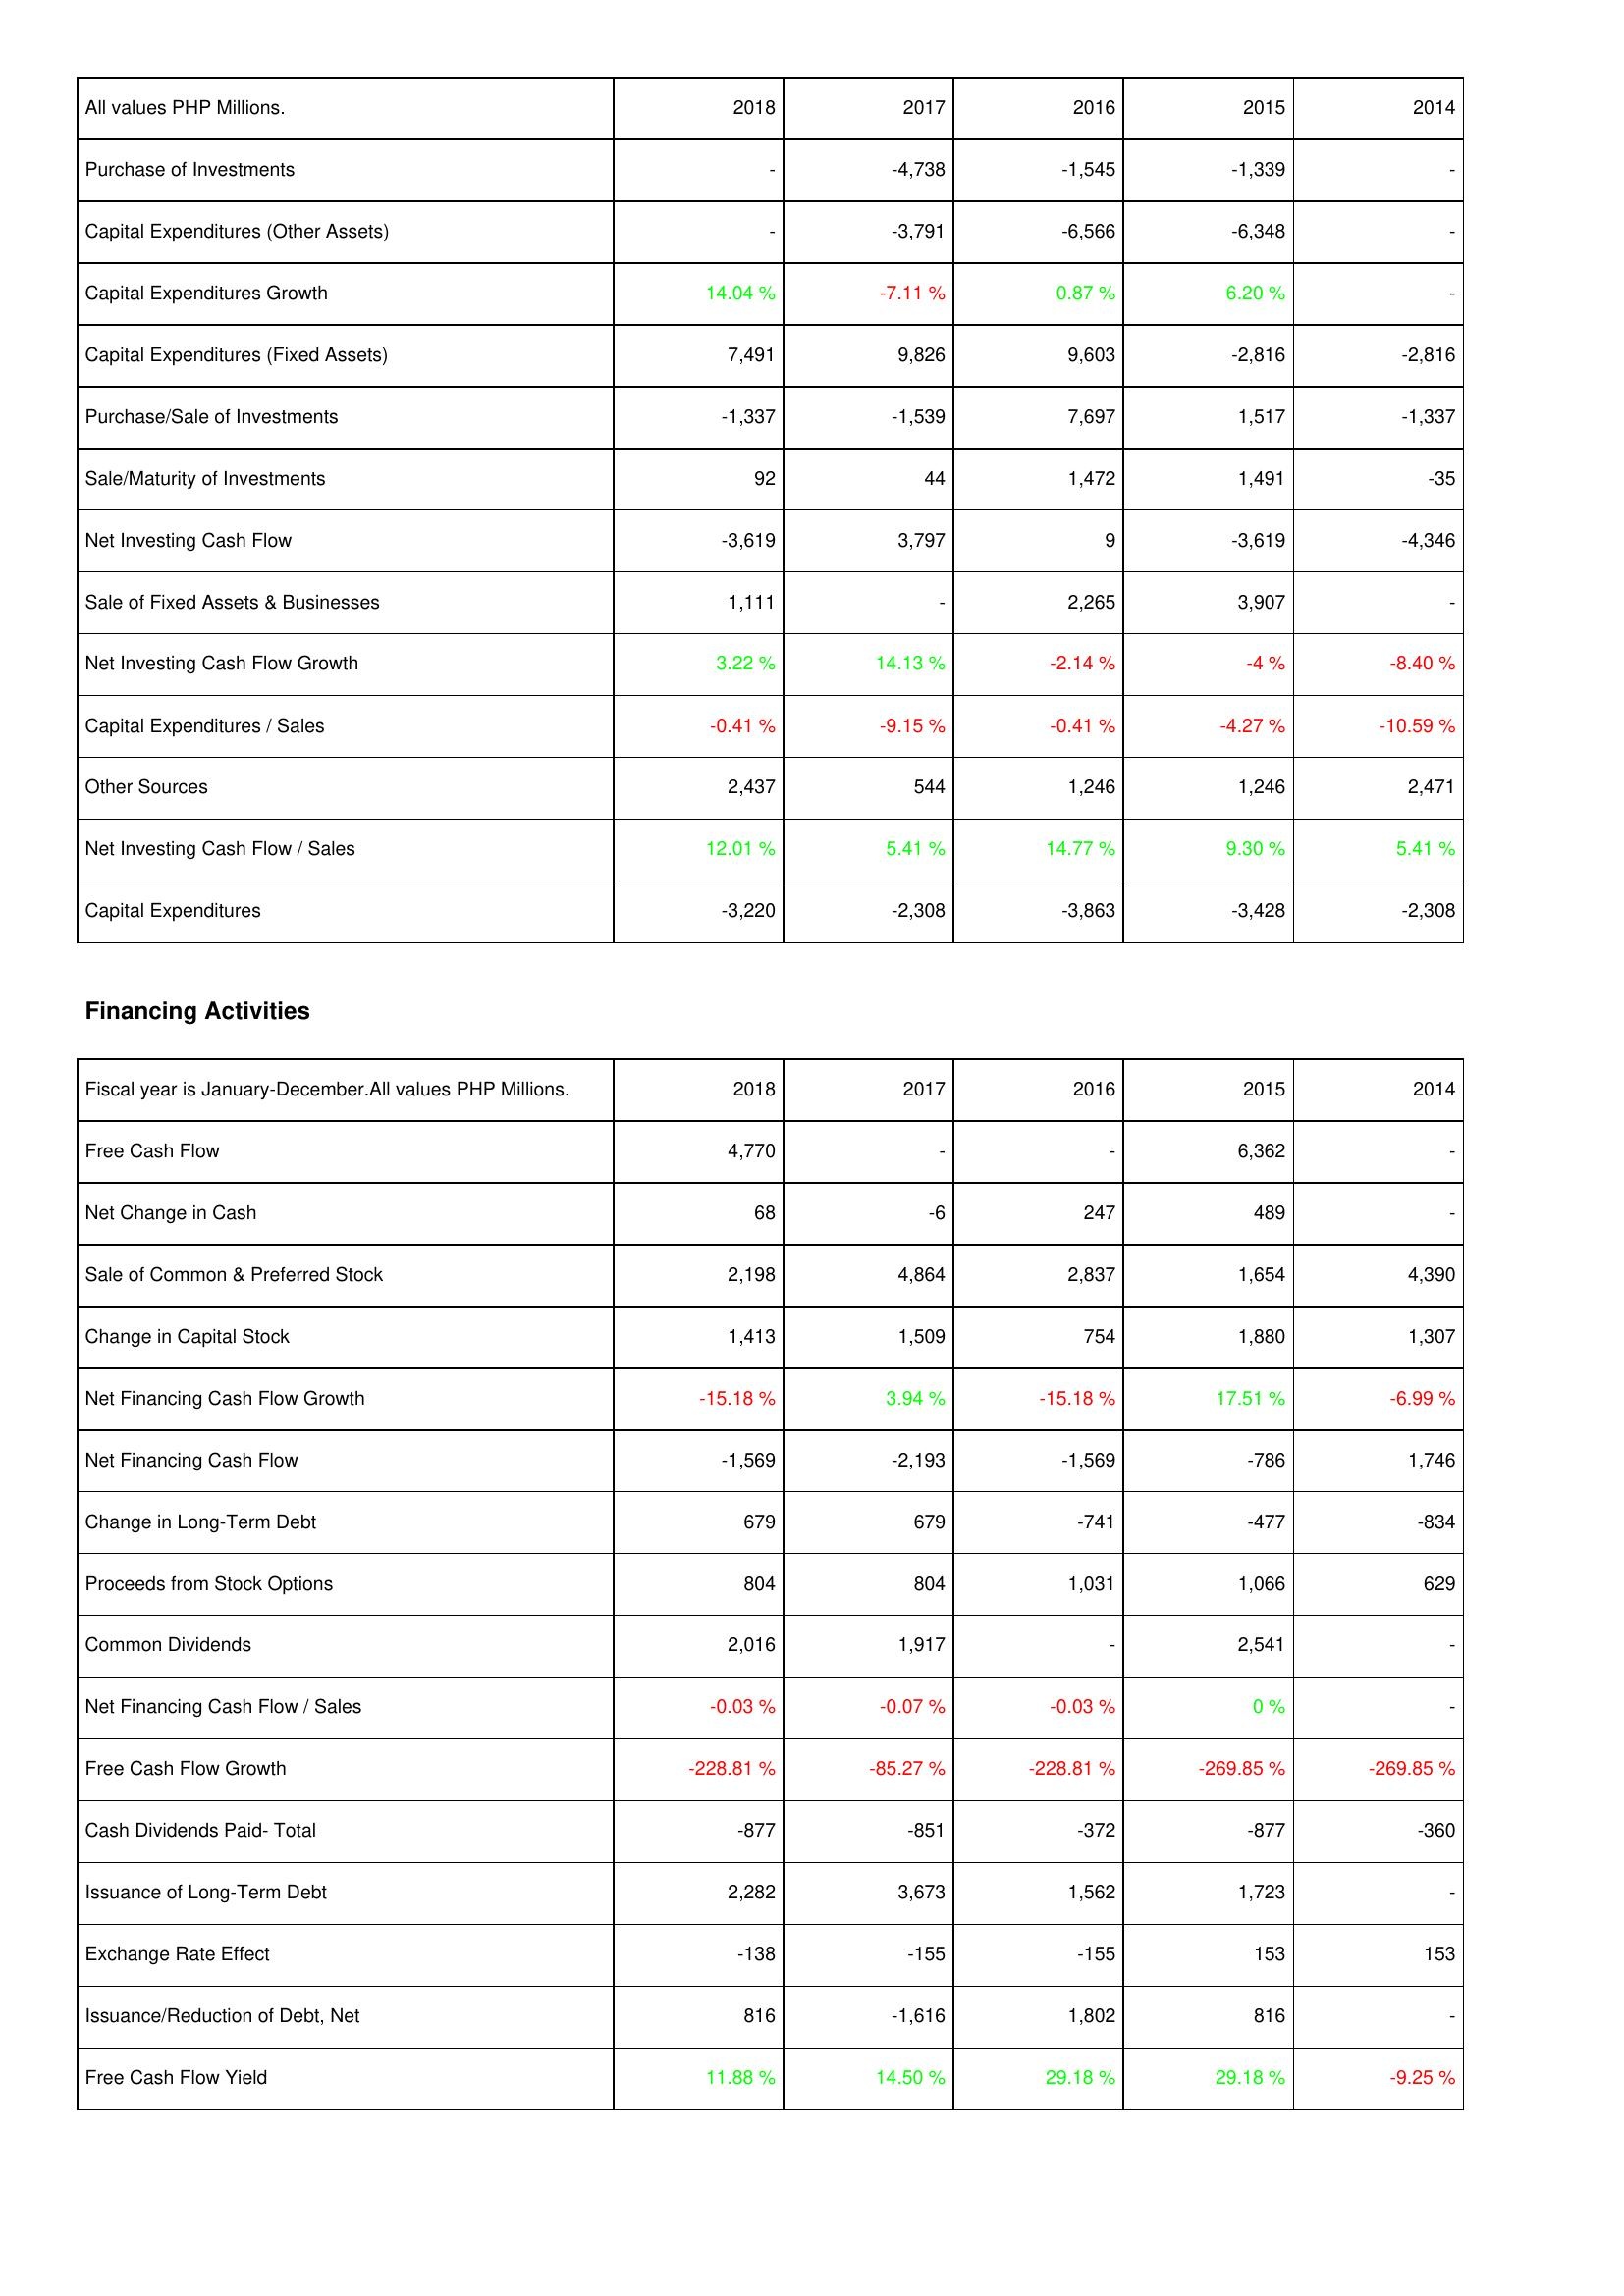
2018: Investing Activities: Purchase of Investments: -
Capital Expenditures (Other Assets): -
Capital Expenditures Growth: 14.04 %
Capital Expenditures (Fixed Assets): 7,491
Purchase/Sale of Investments: -1,337
Sale/Maturity of Investments: 92
Net Investing Cash Flow: -3,619
Sale of Fixed Assets & Businesses: 1,111
Net Investing Cash Flow Growth: 3.22 %
Capital Expenditures / Sales: -0.41 %
Other Sources: 2,437
Net Investing Cash Flow / Sales: 12.01 %
Capital Expenditures: -3,220
Financing Activities: Free Cash Flow: 4,770
Net Change in Cash: 68
Sale of Common & Preferred Stock: 2,198
Change in Capital Stock: 1,413
Net Financing Cash Flow Growth: -15.18 %
Net Financing Cash Flow: -1,569
Change in Long-Term Debt: 679
Proceeds from Stock Options: 804
Common Dividends: 2,016
Net Financing Cash Flow / Sales: -0.03 %
Free Cash Flow Growth: -228.81 %
Cash Dividends Paid- Total: -877
Issuance of Long-Term Debt: 2,282
Exchange Rate Effect: -138
Issuance/Reduction of Debt, Net: 816
Free Cash Flow Yield: 11.88 %
2017: Investing Activities: Purchase of Investments: -4,738
Capital Expenditures (Other Assets): -3,791
Capital Expenditures Growth: -7.11 %
Capital Expenditures (Fixed Assets): 9,826
Purchase/Sale of Investments: -1,539
Sale/Maturity of Investments: 44
Net Investing Cash Flow: 3,797
Sale of Fixed Assets & Businesses: -
Net Investing Cash Flow Growth: 14.13 %
Capital Expenditures / Sales: -9.15 %
Other Sources: 544
Net Investing Cash Flow / Sales: 5.41 %
Capital Expenditures: -2,308
Financing Activities: Free Cash Flow: -
Net Change in Cash: -6
Sale of Common & Preferred Stock: 4,864
Change in Capital Stock: 1,509
Net Financing Cash Flow Growth: 3.94 %
Net Financing Cash Flow: -2,193
Change in Long-Term Debt: 679
Proceeds from Stock Options: 804
Common Dividends: 1,917
Net Financing Cash Flow / Sales: -0.07 %
Free Cash Flow Growth: -85.27 %
Cash Dividends Paid- Total: -851
Issuance of Long-Term Debt: 3,673
Exchange Rate Effect: -155
Issuance/Reduction of Debt, Net: -1,616
Free Cash Flow Yield: 14.50 %
2016: Investing Activities: Purchase of Investments: -1,545
Capital Expenditures (Other Assets): -6,566
Capital Expenditures Growth: 0.87 %
Capital Expenditures (Fixed Assets): 9,603
Purchase/Sale of Investments: 7,697
Sale/Maturity of Investments: 1,472
Net Investing Cash Flow: 9
Sale of Fixed Assets & Businesses: 2,265
Net Investing Cash Flow Growth: -2.14 %
Capital Expenditures / Sales: -0.41 %
Other Sources: 1,246
Net Investing Cash Flow / Sales: 14.77 %
Capital Expenditures: -3,863
Financing Activities: Free Cash Flow: -
Net Change in Cash: 247
Sale of Common & Preferred Stock: 2,837
Change in Capital Stock: 754
Net Financing Cash Flow Growth: -15.18 %
Net Financing Cash Flow: -1,569
Change in Long-Term Debt: -741
Proceeds from Stock Options: 1,031
Common Dividends: -
Net Financing Cash Flow / Sales: -0.03 %
Free Cash Flow Growth: -228.81 %
Cash Dividends Paid- Total: -372
Issuance of Long-Term Debt: 1,562
Exchange Rate Effect: -155
Issuance/Reduction of Debt, Net: 1,802
Free Cash Flow Yield: 29.18 %
2015: Investing Activities: Purchase of Investments: -1,339
Capital Expenditures (Other Assets): -6,348
Capital Expenditures Growth: 6.20 %
Capital Expenditures (Fixed Assets): -2,816
Purchase/Sale of Investments: 1,517
Sale/Maturity of Investments: 1,491
Net Investing Cash Flow: -3,619
Sale of Fixed Assets & Businesses: 3,907
Net Investing Cash Flow Growth: -4 %
Capital Expenditures / Sales: -4.27 %
Other Sources: 1,246
Net Investing Cash Flow / Sales: 9.30 %
Capital Expenditures: -3,428
Financing Activities: Free Cash Flow: 6,362
Net Change in Cash: 489
Sale of Common & Preferred Stock: 1,654
Change in Capital Stock: 1,880
Net Financing Cash Flow Growth: 17.51 %
Net Financing Cash Flow: -786
Change in Long-Term Debt: -477
Proceeds from Stock Options: 1,066
Common Dividends: 2,541
Net Financing Cash Flow / Sales: 0 %
Free Cash Flow Growth: -269.85 %
Cash Dividends Paid- Total: -877
Issuance of Long-Term Debt: 1,723
Exchange Rate Effect: 153
Issuance/Reduction of Debt, Net: 816
Free Cash Flow Yield: 29.18 %
2014: Investing Activities: Purchase of Investments: -
Capital Expenditures (Other Assets): -
Capital Expenditures Growth: -
Capital Expenditures (Fixed Assets): -2,816
Purchase/Sale of Investments: -1,337
Sale/Maturity of Investments: -35
Net Investing Cash Flow: -4,346
Sale of Fixed Assets & Businesses: -
Net Investing Cash Flow Growth: -8.40 %
Capital Expenditures / Sales: -10.59 %
Other Sources: 2,471
Net Investing Cash Flow / Sales: 5.41 %
Capital Expenditures: -2,308
Financing Activities: Free Cash Flow: -
Net Change in Cash: -
Sale of Common & Preferred Stock: 4,390
Change in Capital Stock: 1,307
Net Financing Cash Flow Growth: -6.99 %
Net Financing Cash Flow: 1,746
Change in Long-Term Debt: -834
Proceeds from Stock Options: 629
Common Dividends: -
Net Financing Cash Flow / Sales: -
Free Cash Flow Growth: -269.85 %
Cash Dividends Paid- Total: -360
Issuance of Long-Term Debt: -
Exchange Rate Effect: 153
Issuance/Reduction of Debt, Net: -
Free Cash Flow Yield: -9.25 %